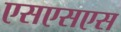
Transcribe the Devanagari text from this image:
एसएसएस